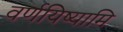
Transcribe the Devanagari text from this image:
वर्णयिष्यामि